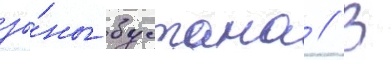
зо́ны бустана // В